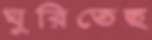
ঘুরিতেছ